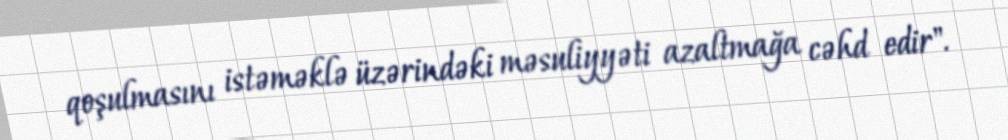
qoşulmasını istəməklə üzərindəki məsuliyyəti azaltmağa cəhd edir".